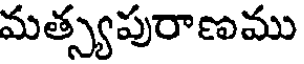
మత్స్యపురాణము